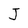
Character: J